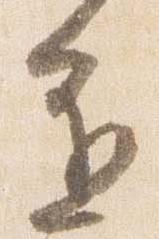
進